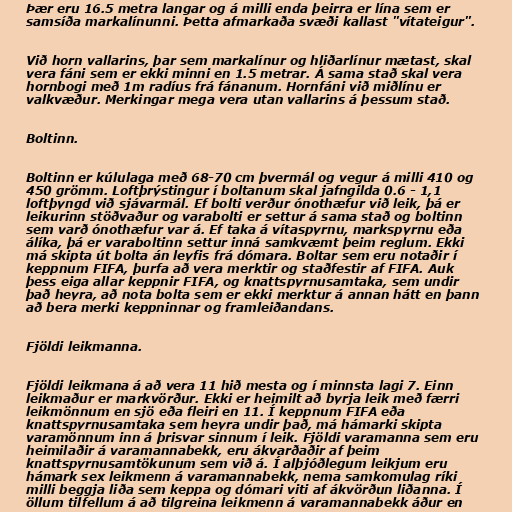
Þær eru 16.5 metra langar og á milli enda þeirra er lína sem er
samsíða markalínunni. Þetta afmarkaða svæði kallast "vítateigur".

Við horn vallarins, þar sem markalínur og hliðarlínur mætast, skal
vera fáni sem er ekki minni en 1.5 metrar. Á sama stað skal vera
hornbogi með 1m radíus frá fánanum. Hornfáni við miðlínu er
valkvæður. Merkingar mega vera utan vallarins á þessum stað.

Boltinn.

Boltinn er kúlulaga með 68-70 cm þvermál og vegur á milli 410 og
450 grömm. Loftþrýstingur í boltanum skal jafngilda 0.6 - 1,1
loftþyngd við sjávarmál. Ef bolti verður ónothæfur við leik, þá er
leikurinn stöðvaður og varabolti er settur á sama stað og boltinn
sem varð ónothæfur var á. Ef taka á vítaspyrnu, markspyrnu eða
álíka, þá er varaboltinn settur inná samkvæmt þeim reglum. Ekki
má skipta út bolta án leyfis frá dómara. Boltar sem eru notaðir í
keppnum FIFA, þurfa að vera merktir og staðfestir af FIFA. Auk
þess eiga allar keppnir FIFA, og knattspyrnusamtaka, sem undir
það heyra, að nota bolta sem er ekki merktur á annan hátt en þann
að bera merki keppninnar og framleiðandans.

Fjöldi leikmanna.

Fjöldi leikmana á að vera 11 hið mesta og í minnsta lagi 7. Einn
leikmaður er markvörður. Ekki er heimilt að byrja leik með færri
leikmönnum en sjö eða fleiri en 11. Í keppnum FIFA eða
knattspyrnusamtaka sem heyra undir það, má hámarki skipta
varamönnum inn á þrisvar sinnum í leik. Fjöldi varamanna sem eru
heimilaðir á varamannabekk, eru ákvarðaðir af þeim
knattspyrnusamtökunum sem við á. Í alþjóðlegum leikjum eru
hámark sex leikmenn á varamannabekk, nema samkomulag ríki
milli beggja liða sem keppa og dómari viti af ákvörðun liðanna. Í
öllum tilfellum á að tilgreina leikmenn á varamannabekk áður en